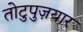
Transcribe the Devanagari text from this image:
तोटुपुज़यार